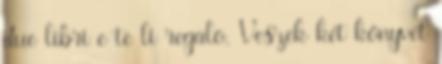
due libri e te li regalo. Veszek két könyvet